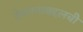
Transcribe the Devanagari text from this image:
ठेवण्याबद्दलची